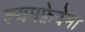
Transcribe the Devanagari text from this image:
ल्यमफ़ेदेमा